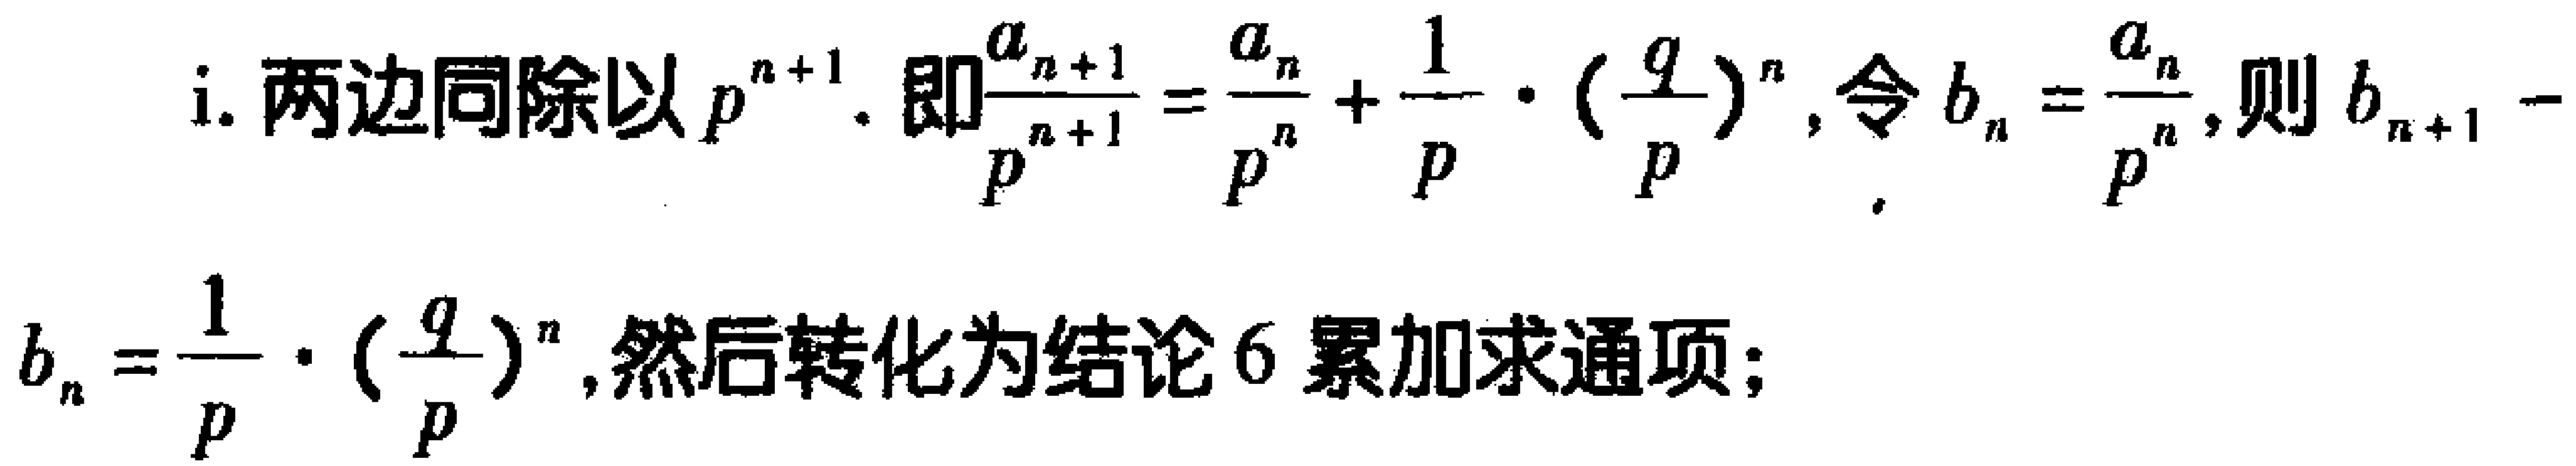
i. 两边同除以\(p^{n + 1}\). 即\(\frac{a_{n + 1}}{p^{n + 1}} = \frac{a_{n}}{p^{n}} + \frac{1}{p} \cdot (\frac{q}{p})^{n}\), 令\(b_{n} = \frac{a_{n}}{p^{n}}\), 则\(b_{n + 1} - b_{n}=\frac{1}{p} \cdot (\frac{q}{p})^{n}\), 然后转化为结论 6 累加求通项;